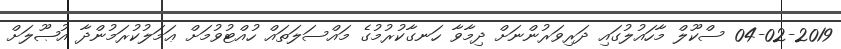
04-02-2019 ސްކޫލް މާހައުލުގައި ދަރިވަރުންނަށް ދިމާވާ ހަނގާކުރުމުގެ މައްސަލަތައް ހުއްޓުވުމަށް ޢަމަލުކުރަމުންދާ އުޞޫލަށް